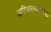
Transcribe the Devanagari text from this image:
अस्थिमज्जाउत्पन्न